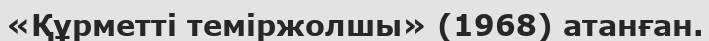
«Құрметті теміржолшы» (1968) атанған.